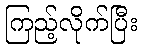
ကြည့်လိုက်ပြီး